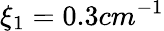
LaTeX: \xi_{1}=0.3cm^{-1}